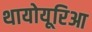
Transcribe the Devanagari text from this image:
थायोयूरिआ